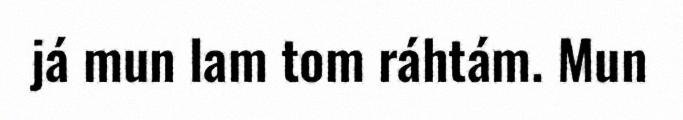
já mun lam tom ráhtám. Mun